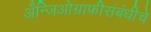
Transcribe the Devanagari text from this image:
अँन्जिओग्राफीसंबंधीचे